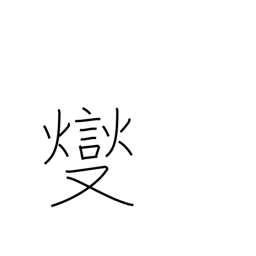
Meaning: boil over low heat